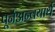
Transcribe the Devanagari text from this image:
पूर्नअन्वयार्थ